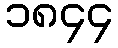
၁၈၄၄